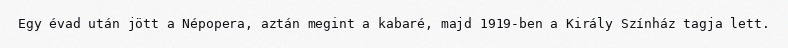
Egy évad után jött a Népopera, aztán megint a kabaré, majd 1919-ben a Király Színház tagja lett.